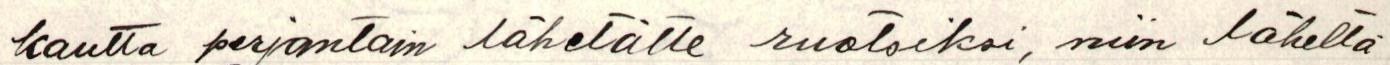
kautta perjantain lähetätte ruotsiksi, niin lähettä